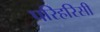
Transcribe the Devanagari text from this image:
परिहरिसी